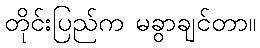
တိုင်းပြည်က မခွာချင်တာ။